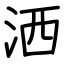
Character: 洒